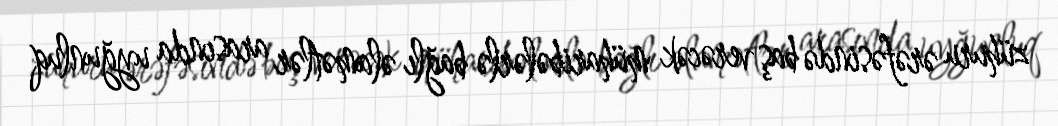
zühuru ərəfəsində baş verəcək müharibələrlə bağlı əlamətlər arasında uyğunluq